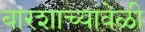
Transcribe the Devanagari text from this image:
बारशाच्यावेळी